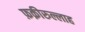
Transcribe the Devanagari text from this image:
फ़क़ीरुल्लाह